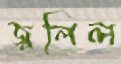
জ্বলিল